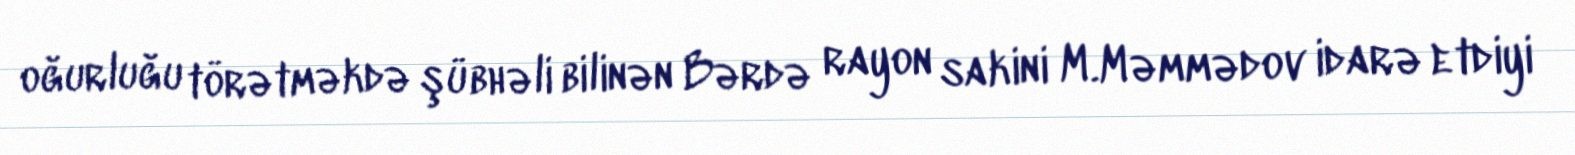
oğurluğu törətməkdə şübhəli bilinən Bərdə rayon sakini M.Məmmədov idarə etdiyi